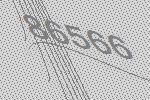
86566